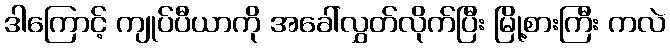
ဒါကြောင့် ကျုပ်ပီယာကို အခေါ်လွှတ်လိုက်ပြီး မြို့စားကြီး ကလဲ